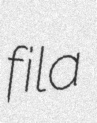
fila